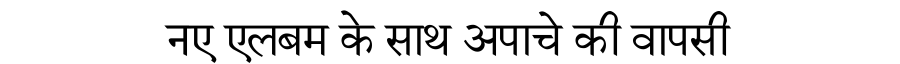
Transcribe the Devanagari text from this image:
नए एलबम के साथ अपाचे की वापसी